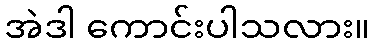
အဲဒါ ကောင်းပါသလား။